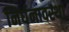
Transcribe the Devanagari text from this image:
निर्धनावस्था